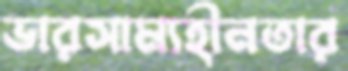
ভারসাম্যহীনতার